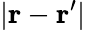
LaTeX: |\boldsymbol{\mathbf{r}}-\boldsymbol{\mathbf{r}}^{\prime}|